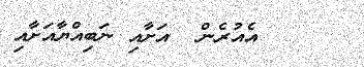
އެއުރެން  އަށާއި ނަބިއްޔާއަށާއި